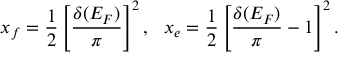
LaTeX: x _ { f } = { \frac { 1 } { 2 } } \left[ { \frac { \delta ( E _ { F } ) } { \pi } } \right] ^ { 2 } , \ \ x _ { e } = { \frac { 1 } { 2 } } \left[ { \frac { \delta ( E _ { F } ) } { \pi } } - 1 \right] ^ { 2 } .